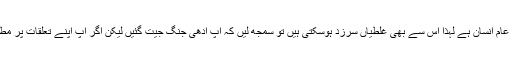
اگر یہ تسلیم کرلیں کہ آپ کا شریک حیات آپ کی زندگی کا لازمی حصہ ہے اور وہ ایک عام انسان ہے لہٰذا اس سے بھی غلطیاں سرزد ہوسکتی ہیں تو سمجھ لیں کہ آپ آدھی جنگ جیت گئیں لیکن اگر آپ اپنے تعلقات پر مطمئن نہیں تو اس کا یہی مطلب ہوسکتا ہے کہ آپ زندگی کے حقائق کو قبول نہیں کرپاتیں۔